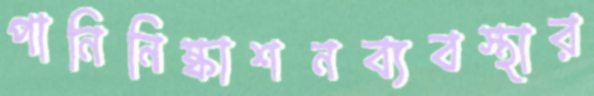
পানিনিষ্কাশনব্যবস্থার